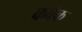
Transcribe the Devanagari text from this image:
कबेक